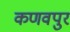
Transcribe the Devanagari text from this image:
कणवपुर